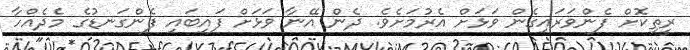
ރީތިކޮށް ފެންވަރައިގެން ވަޅަށް އެރުމަށެވެ. ދެން އޭނާ ވަޅަށް ފައިބައި ފެންގަނޑުގެ މެދެއްހާ